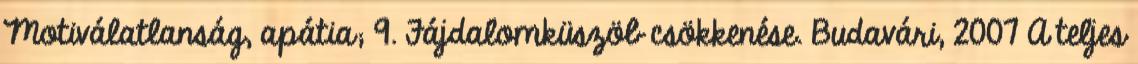
Motiválatlanság, apátia; 9. Fájdalomküszöb csökkenése. Budavári, 2007 A teljes